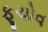
ફૂચોવ